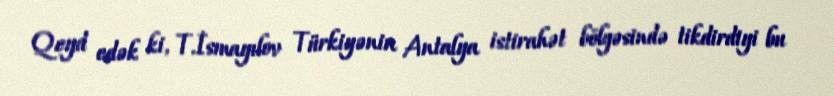
Qeyd edək ki, T.İsmayılov Türkiyənin Antalya istirahət bölgəsində tikdirdiyi bu